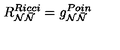
R _ { { { \cal N } } { \bar { { \cal N } } } } ^ { R i c c i } = g _ { { { \cal N } } { { \bar { \cal N } } } } ^ { P o i n }